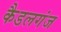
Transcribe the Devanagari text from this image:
कैडलगंज